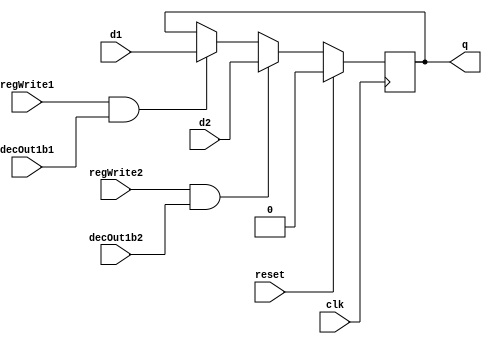
module D_ff (input clk, input reset, input regWrite1, input regWrite2, input decOut1b1, input decOut1b2, input d1, input d2, output reg q);
	always @ (posedge clk)
	begin
	if(reset==1)
		q=0;
	else
		begin
			if(regWrite1 == 1 && decOut1b1==1) begin q=d1; end
			if(regWrite2 == 1 && decOut1b2==1) begin q=d2; end
		end
	end
endmodule